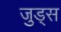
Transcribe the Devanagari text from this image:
जुड्स